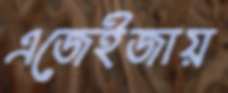
এজেইজায়